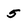
Character: 5